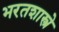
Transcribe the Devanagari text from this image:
भरतशास्त्रे